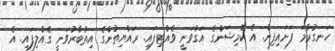
ހަނގުރާމަ ފަށައިފިން. އެ ކޮމިޝަންގެ އަގުވަނީ ވެއްޓިފައި. ރައްޔިތުންގެ އިތުބާރުވަނީ ގެއްލިފައި. އެ